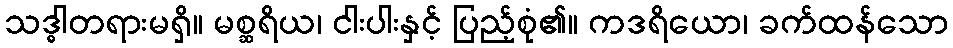
သဒ္ဓါတရားမရှိ။ မစ္ဆရိယ၊ ငါးပါးနှင့် ပြည့်စုံ၏။ ကဒရိယော၊ ခက်ထန်သော